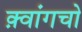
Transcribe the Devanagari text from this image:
क़्वांगचो